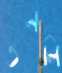
ওনলি